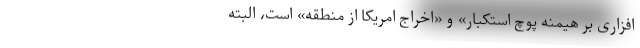
افزاری بر هیمنه پوچ استکبار» و «اخراج امریکا از منطقه» است، البته